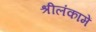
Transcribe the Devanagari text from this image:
श्रीलंकामें